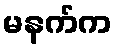
မနက်က